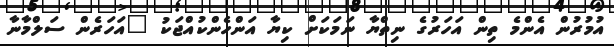
އުމުރުން އެންމެ ތިން އަހަރުގެ ނިތްޔާ ނަމަކަށް ކިޔާ އަންހެންކުއްޖަކު "އަހަރެން ސަލްމާނާ